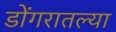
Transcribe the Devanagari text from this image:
डोंगरातल्या